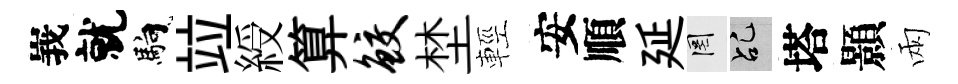
峩就馿竝綬算鲛埜輕安順延罔乩塔顥兩